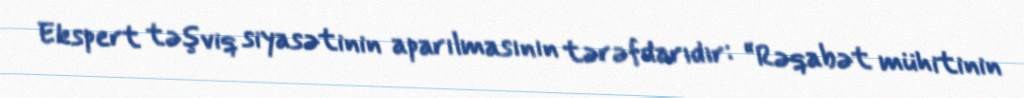
Ekspert təşviq siyasətinin aparılmasının tərəfdarıdır: “Rəqabət mühitinin